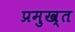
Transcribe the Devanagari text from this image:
प्रमुख्त